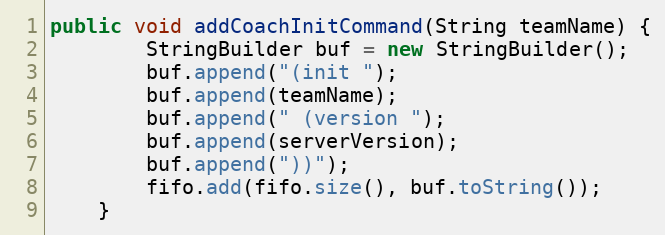
Language: Java
public void addCoachInitCommand(String teamName) {
        StringBuilder buf = new StringBuilder();
        buf.append("(init ");
        buf.append(teamName);
        buf.append(" (version ");
        buf.append(serverVersion);
        buf.append("))");
        fifo.add(fifo.size(), buf.toString());
    }